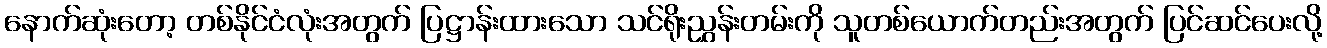
နောက်ဆုံးတော့ တစ်နိုင်ငံလုံးအတွက် ပြဋ္ဌာန်းထားသော သင်ရိုးညွှန်းတမ်းကို သူတစ်ယောက်တည်းအတွက် ပြင်ဆင်ပေးလို့